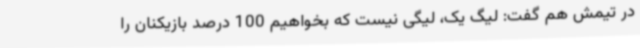
در تیمش هم گفت: لیگ یک، لیگی نیست که بخواهیم 100 درصد بازیکنان را